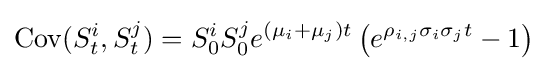
\operatorname {Cov} (S_{t}^{i},S_{t}^{j})=S_{0}^{i}S_{0}^{j}e^{(\mu _{i}+\mu _{j})t}\left(e^{\rho _{i,j}\sigma _{i}\sigma _{j}t}-1\right)